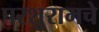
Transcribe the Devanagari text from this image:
परशुरामचे